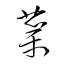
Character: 蘂